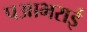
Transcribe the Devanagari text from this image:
पआभराई